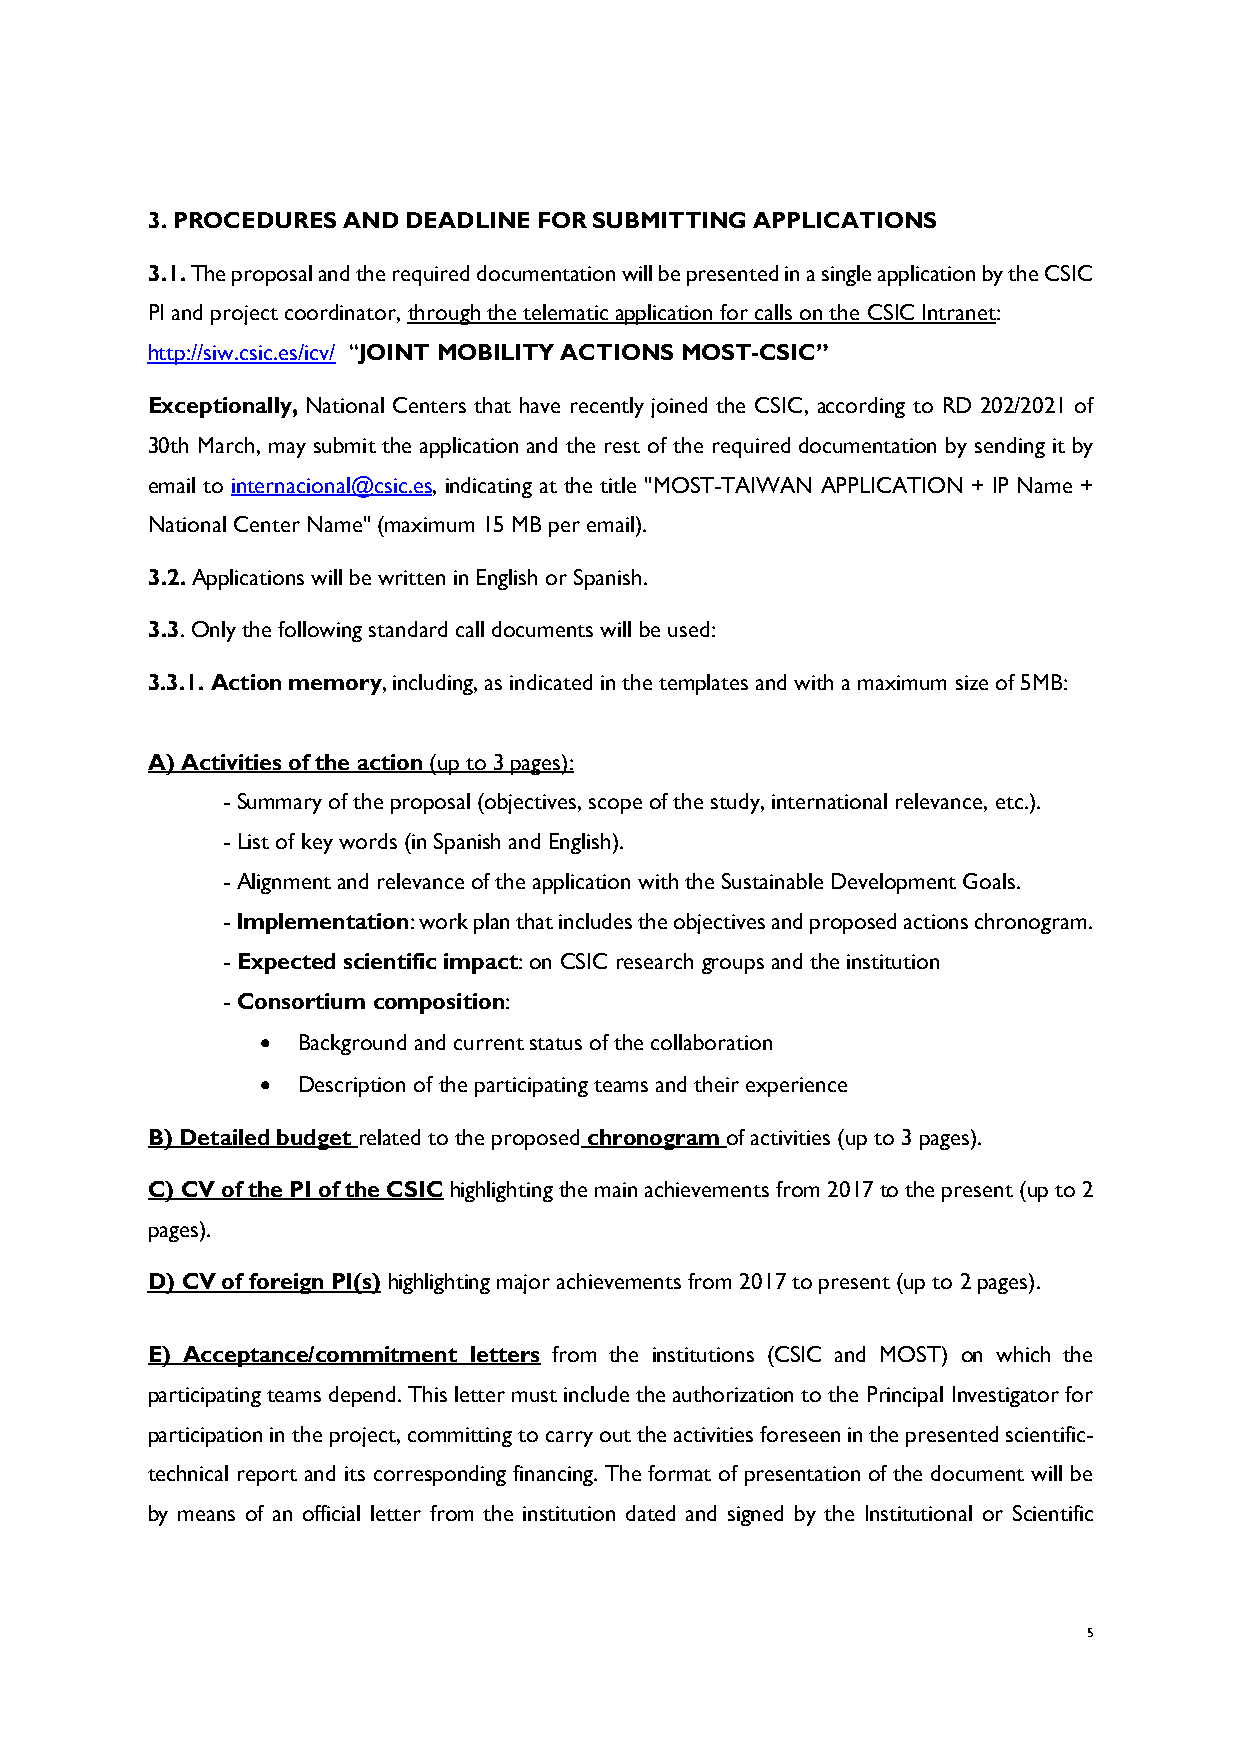
3. PROCEDURES AND DEADLINE FOR SUBMITTING APPLICATIONS
 3.1. The proposal and the required documentation will be presented in a single application by the CSIC
 PI and project coordinator, through the telematic application for calls on the CSIC Intranet:
 http://siw.csic.es/icv/ “JOINT MOBILITY ACTIONS MOST-CSIC”
 Exceptionally, National Centers that have recently joined the CSIC, according to RD 202/2021 of
 30th March, may submit the application and the rest of the required documentation by sending it by
 email to internacional@csic.es, indicating at the title "MOST-TAIWAN APPLICATION + IP Name +
 National Center Name" (maximum 15 MB per email).
 3.2. Applications will be written in English or Spanish.
 3.3. Only the following standard call documents will be used:
 3.3.1. Action memory, including, as indicated in the templates and with a maximum size of 5MB:
 A) Activities of the action (up to 3 pages):
 - Summary of the proposal (objectives, scope of the study, international relevance, etc.).
 - List of key words (in Spanish and English).
 - Alignment and relevance of the application with the Sustainable Development Goals.
 - Implementation: work plan that includes the objectives and proposed actions chronogram.
 - Expected scientific impact: on CSIC research groups and the institution
 - Consortium composition:
 •  Background and current status of the collaboration
 •  Description of the participating teams and their experience
 B) Detailed budget related to the proposed chronogram of activities (up to 3 pages).
 C) CV of the PI of the CSIC highlighting the main achievements from 2017 to the present (up to 2
 pages).
 D) CV of foreign PI(s) highlighting major achievements from 2017 to present (up to 2 pages).
 E) Acceptance/commitment letters from the institutions (CSIC and MOST) on which the
 participating teams depend. This letter must include the authorization to the Principal Investigator for
 participation in the project, committing to carry out the activities foreseen in the presented scientific-
 technical report and its corresponding financing. The format of presentation of the document will be
 by means of an official letter from the institution dated and signed by the Institutional or Scientific
 5